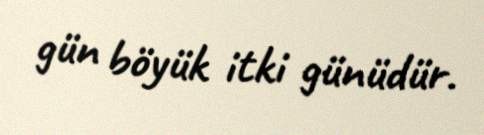
gün böyük itki günüdür.